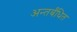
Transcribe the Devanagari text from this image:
अन्तर्बंधित